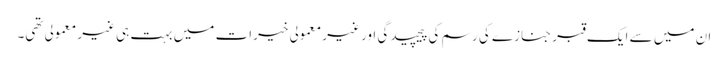
ان میں سے ایک قبر جنازے کی رسم کی پیچیدگی اور غیر معمولی خیرات میں بہت ہی غیر معمولی تھی۔